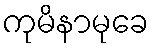
ကုမိနာမုခေ